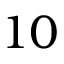
1 0